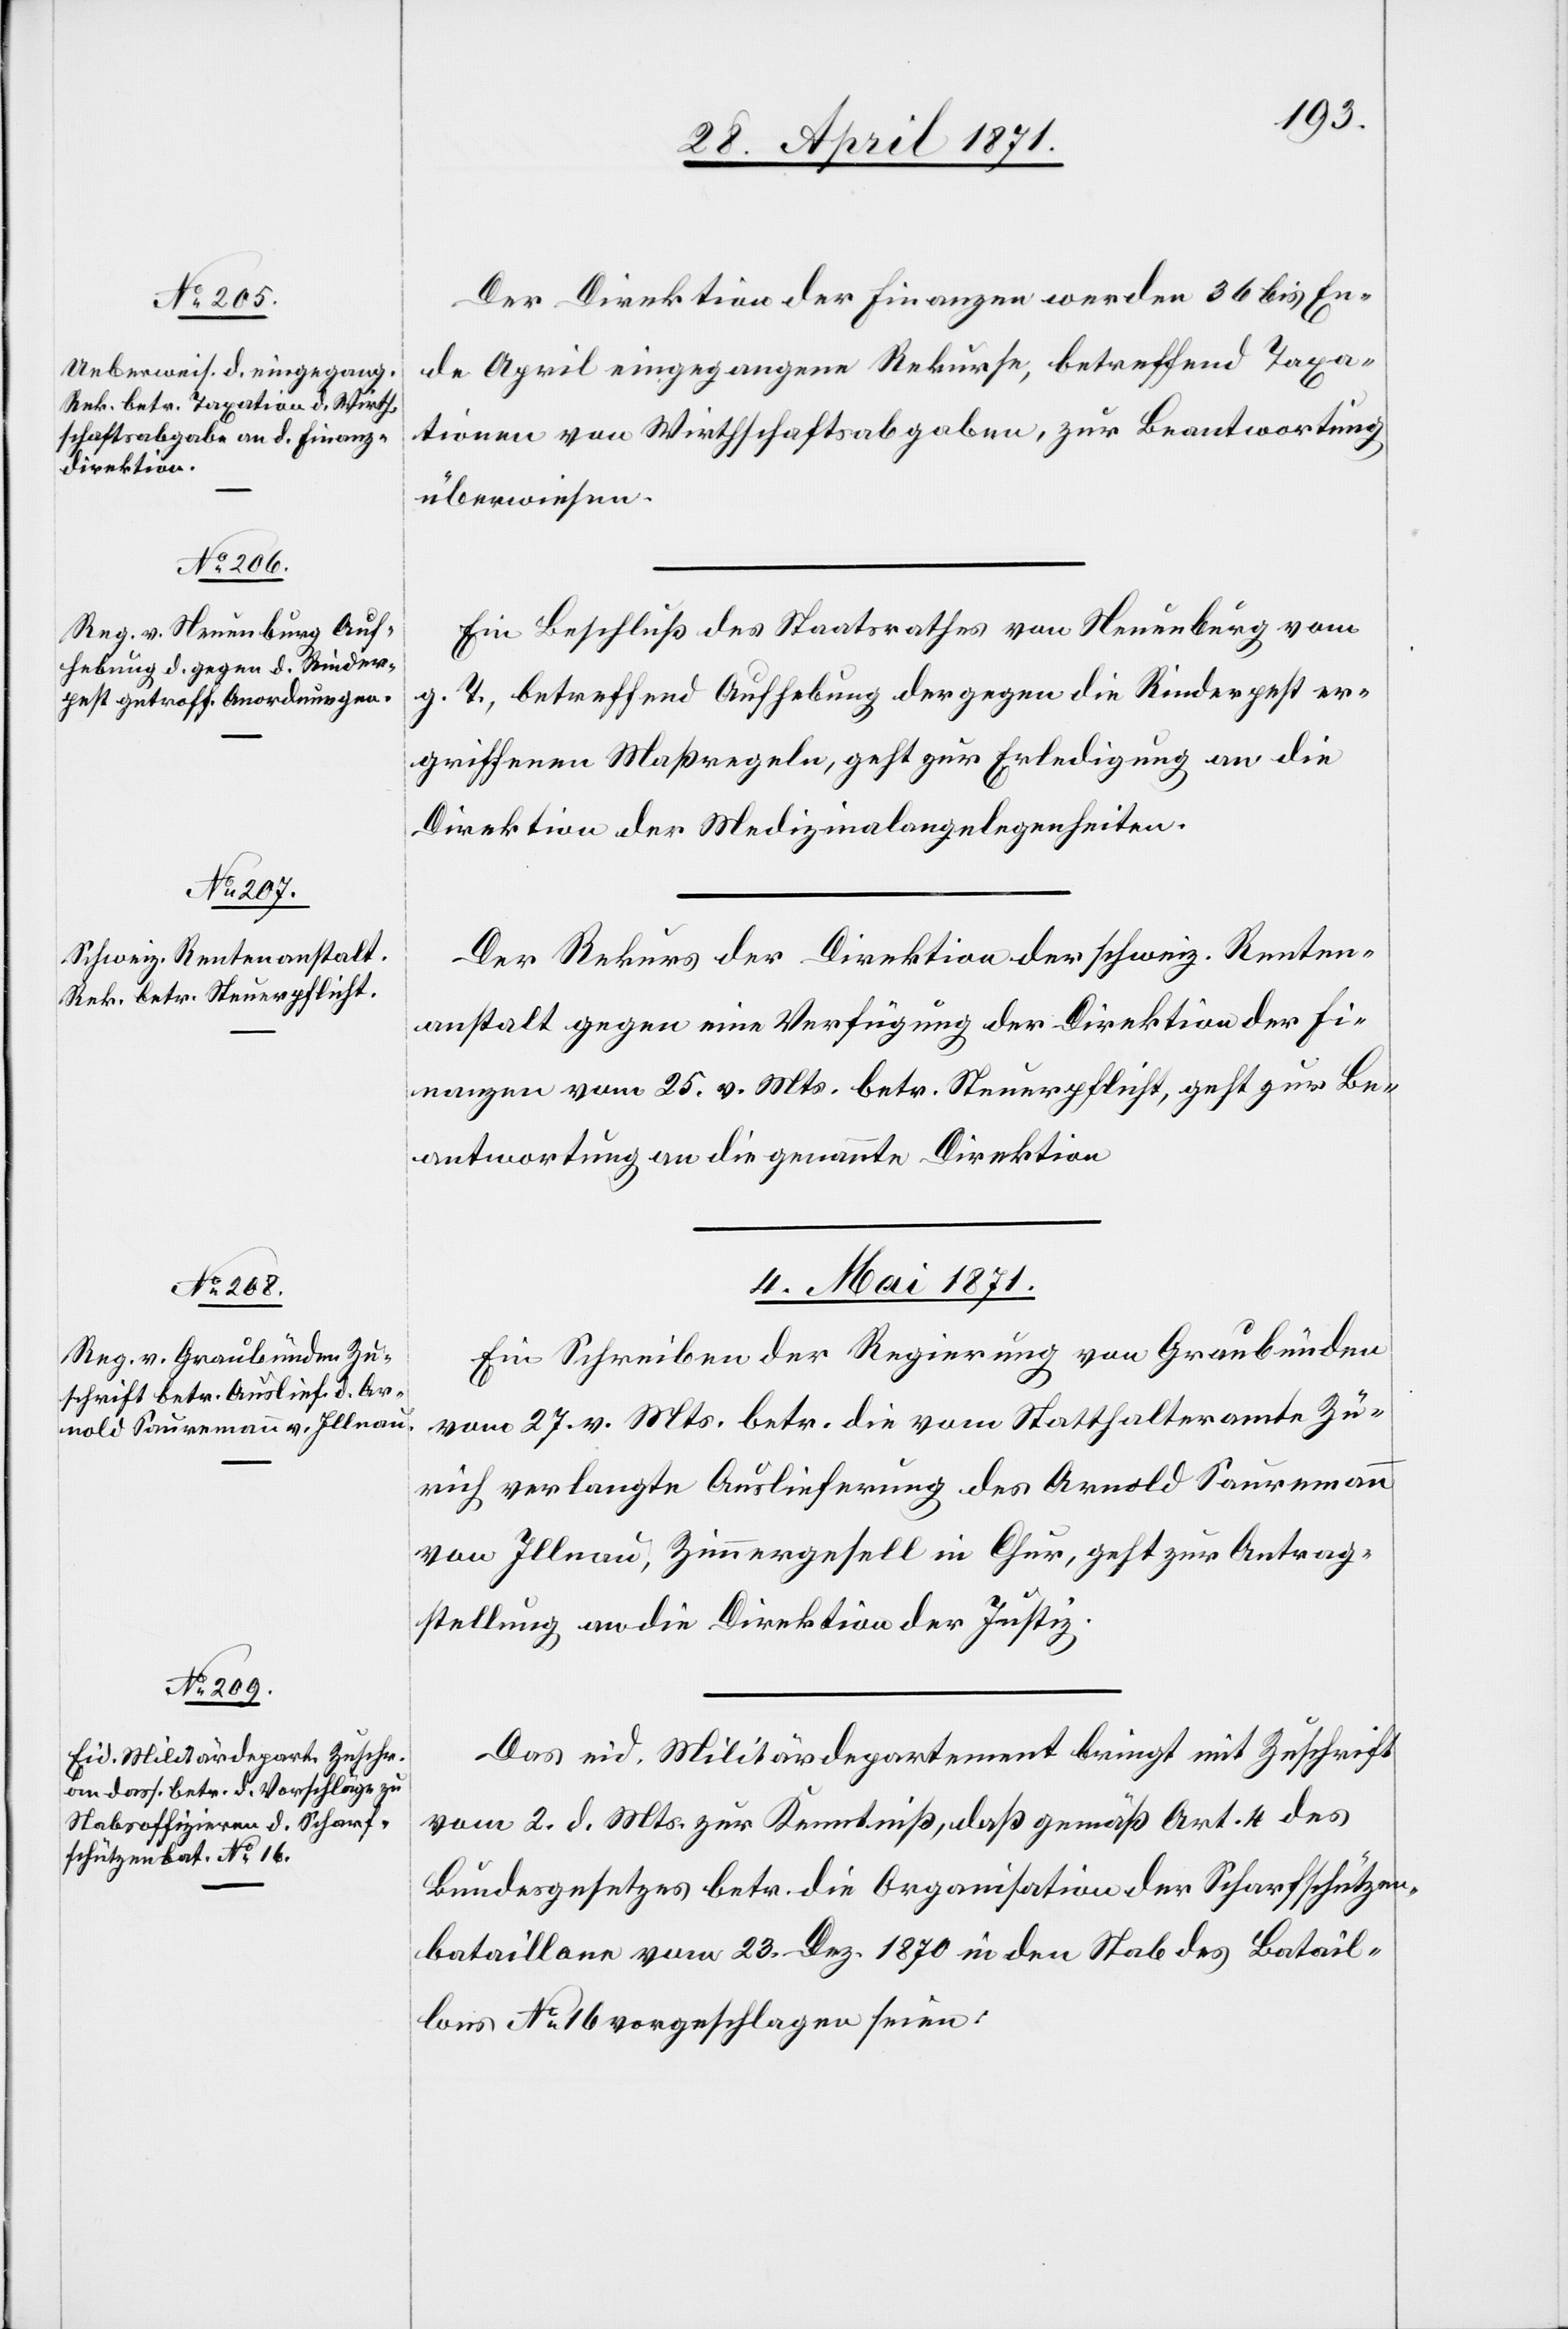
Der Direktion der Finanzen werden 36 bis En¬
de April eingegangene Rekurse, betreffend Taxa¬
tionen von Wirthschaftsabgaben, zur Beantwortung
überwiesen.
Ein Beschluß des Staatsrathes von Neuenburg vom
g. T., betreffend Aufhebung der gegen die Rinderpest er¬
griffenen Maßregeln, geht zur Erledigung an die
Direktion der Medizinalangelegenheiten.
Der Rekurs der Direktion der schweiz. Renten¬
anstalt gegen eine Verfügung der Direktion der Fi¬
nanzen vom 25. v. Mts. betr. Steuerpflicht, geht zur Be¬
antwortung an die genannte Direktion.
4. Mai 1871.]
Ein Schreiben der Regierung von Graubünden
vom 27. v. Mts. betr. die vom Statthalteramte Zü¬
rich verlangte Auslieferung des Arnold Sauremann
von Illnau, Zimmergesell in Chur, geht zur Antrag¬
stellung an die Direktion der Justiz.
Das eid. Militärdepartement bringt mit Zuschrift
vom 2. d. Mts. zur Kenntniß, daß gemäß Art. 4 des
Bundesgesetzes betr. die Organisation der Scharfschützen¬
bataillone vom 23. Dez. 1870 in den Stab des Batail¬
lons No. 16 vorgeschlagen seien: